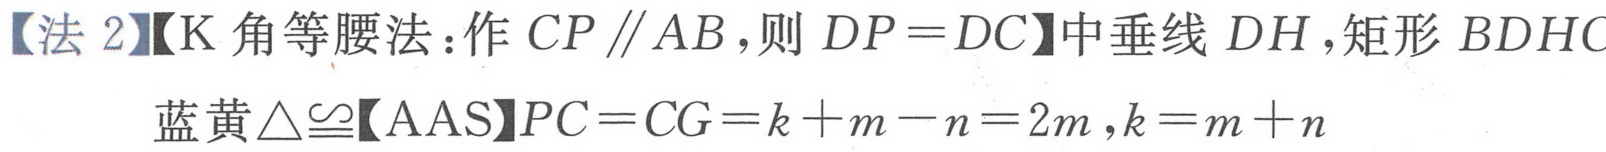
【法 2】【K 角等腰法：作 \(CP \parallel AB\)，则 \(DP = DC\)】中垂线 \(DH\)，矩形 \(BDHC\)
蓝黄\(\triangle\cong\)【AAS】\(PC = CG=k + m - n = 2m\)，\(k = m + n\)